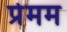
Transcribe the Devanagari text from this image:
प्रेमम